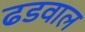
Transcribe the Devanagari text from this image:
ढडवाल